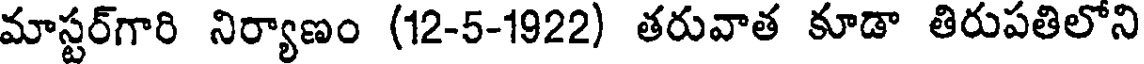
మాస్టర్గారి నిర్యాణం (12-5-1922) తరువాత కూడా తిరుపతిలోని